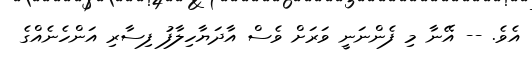
އެވެ. -- އޭނާ މި ފެންނަނީ ވަރަށް ވެސް އާދަޔާހިލާފު ފިސާރި އަންހެނެއްގެ